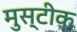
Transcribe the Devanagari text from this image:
मुस्टीक